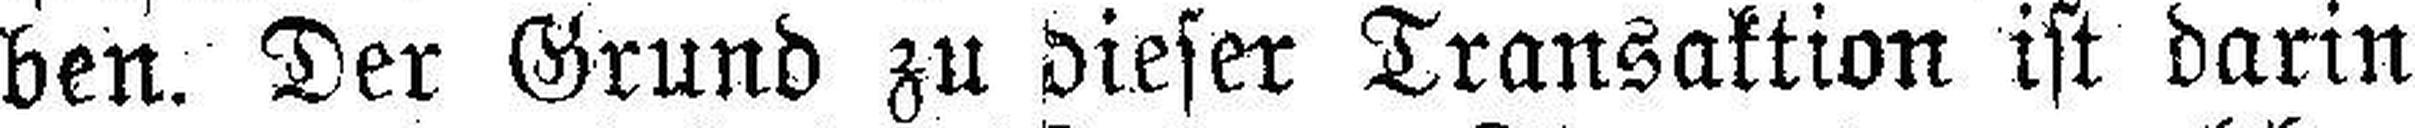
ben. Der Grund zu dieser Transaktion ist darin